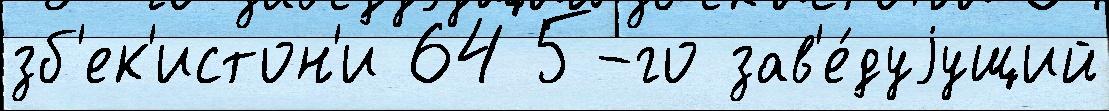
зб'ек'истон'и 64 5-го зав'е́дуjущий